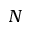
N